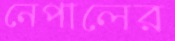
নেপালের